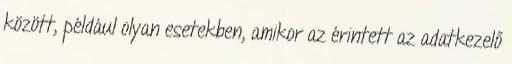
között, például olyan esetekben, amikor az érintett az adatkezelő